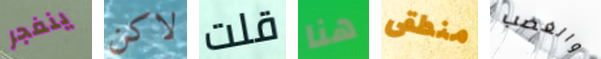
ينفجر لاكن قلت هنا منطقى والغضب